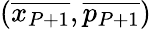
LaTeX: \left(\overline{{x_{P+1}}},\overline{{p_{P+1}}}\right)